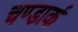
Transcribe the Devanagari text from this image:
चण्डार्क